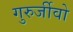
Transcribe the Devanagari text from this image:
गुरुर्जीवो